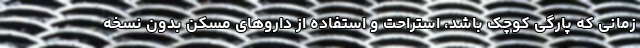
زمانی که پارگی کوچک باشد، استراحت و استفاده از داروهای مسکن بدون نسخه